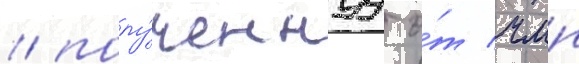
/ полу́ченнуу о́т чмп